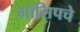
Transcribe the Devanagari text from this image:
गॉसिपचे